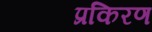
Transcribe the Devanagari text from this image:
प्रकिरण